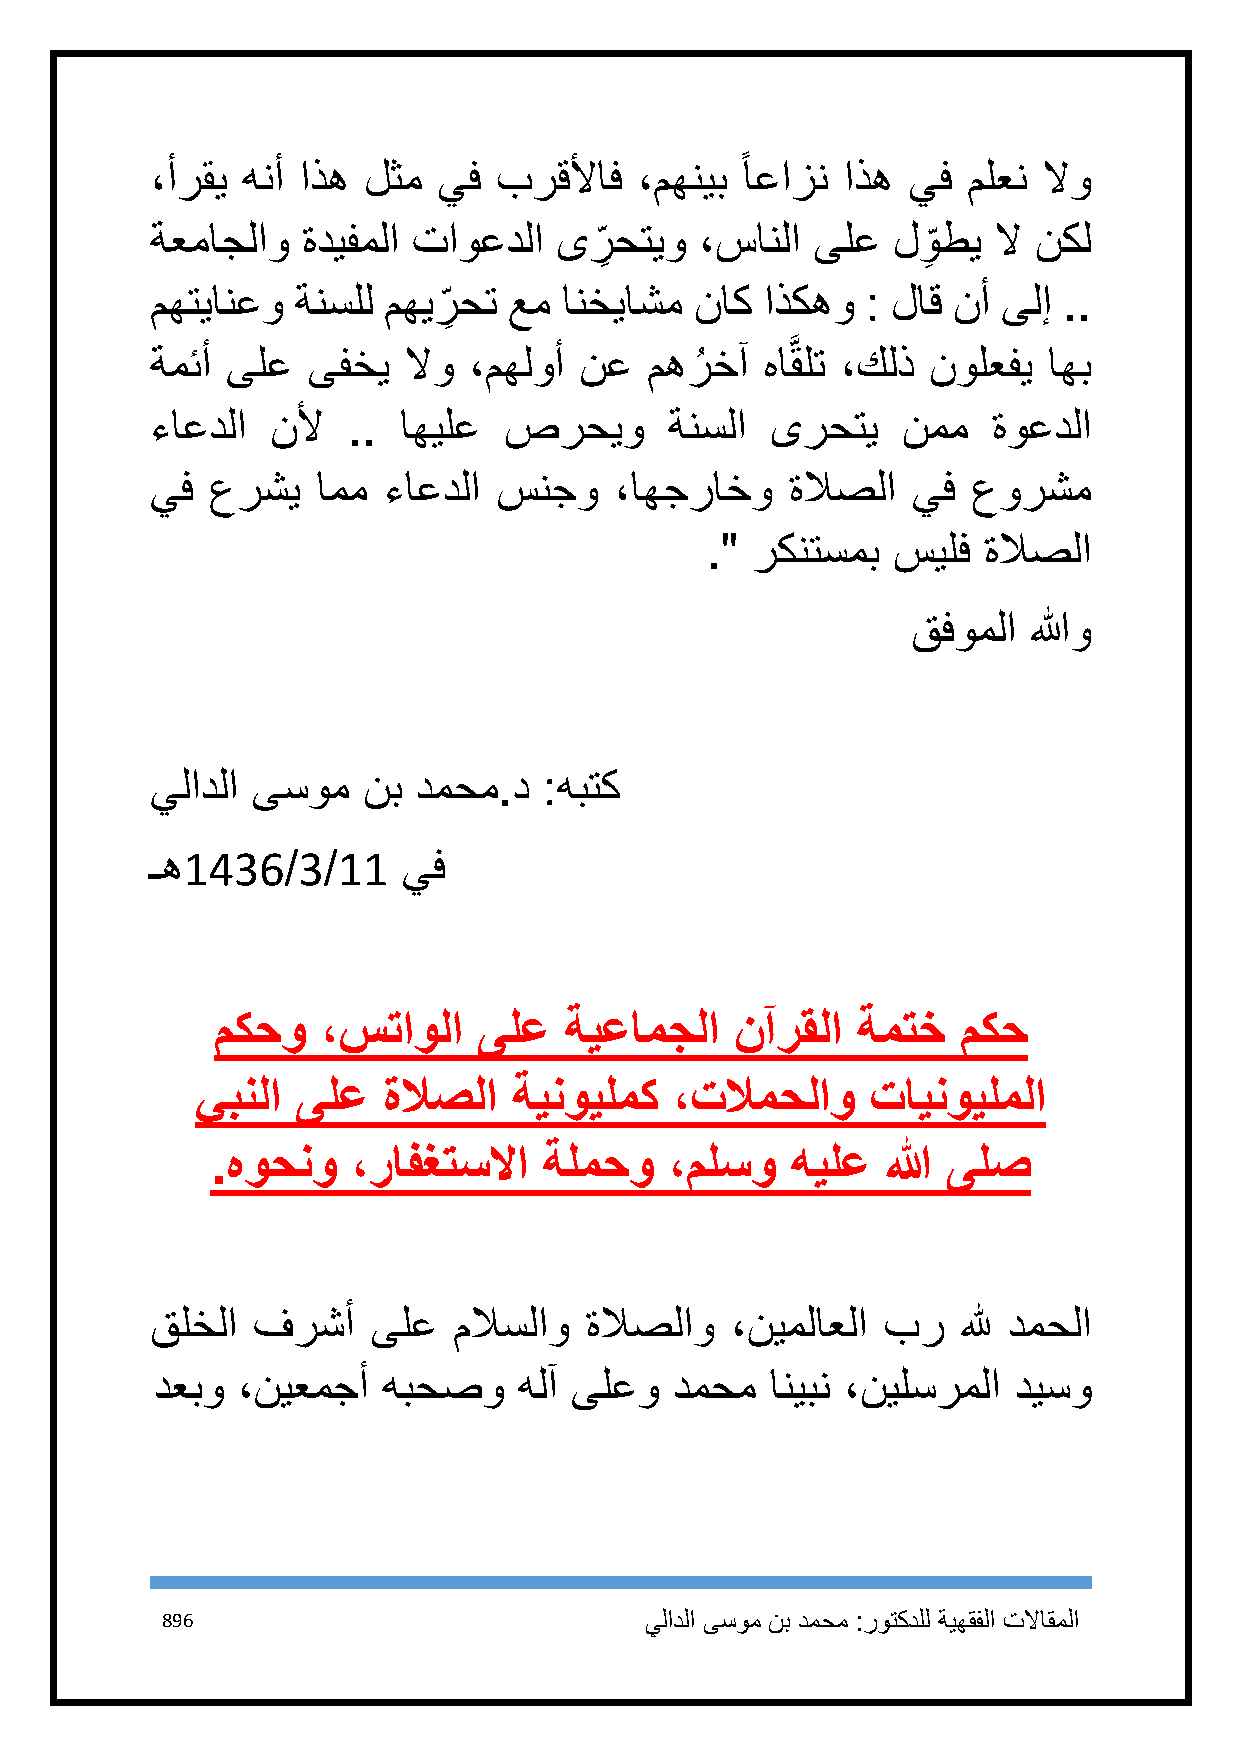
ً
 ،أرقي هنأ اذه لثم  يف  برقلأاف  ،مهنيب اعازن  اذه يف  ملعن لاو
 ةعماجلاو  ةديفملا تاوعدلا  ىر
 ِ
 حتيو ،سانلا  ىلع  لو
 ِ
 طي  لا نكل
 مهتيانعو  ةنسلل مهير
 ِ
 حت  عم انخياشم  ناك  اذكهو : لاق نأ ىلإ ..
 َّ
 ةمئأ ىلع  ىفخي   لاو ،مهلوأ نع   مهرُ خآ هاقلت ،كلذ نولعفي اهب
 ءاعدلا  نلأ  .. اهيلع  صرحيو      ةنسلا  ىرحتي    نمم   ةوعدلا
 يف  عرشي   امم ءاعدلا  سنجو    ،اهجراخو   ةلاصلا  يف  عورشم
 ." ركنتسمب  سيلف  ةلاصلا
 قفوملا  اللهو
 يلادلا ىسوم   نب دمحم.د   :هبتك
 ـه1436/3/11      يف
 مكحو   ،ستاولا    ىلع  ةيعامجلا    نآرقلا  ةمتخ   مكح
 يبنلا  ىلع  ةلاصلا   ةينويلمك   ،تلامحلاو    تاينويلملا
 .هوحنو   ،رافغتسلاا   ةلمحو   ،ملسو   هيلع   الله ىلص
 قلخلا  فرشأ    ىلع  ملاسلاو  ةلاصلاو  ،نيملاعلا بر    لله دمحلا
 دعبو  ،نيعمجأ  هبحصو    هلآ ىلعو   دمحم  انيبن ،نيلسرملا ديسو
 896                             يلادلا ىسوم نب دمحم :روتكدلل ةيهقفلا تلااقملا